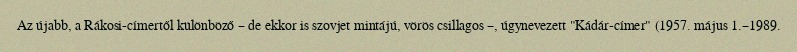
Az újabb, a Rákosi-címertől különböző – de ekkor is szovjet mintájú, vörös csillagos –, úgynevezett "Kádár-címer" (1957. május 1.–1989.